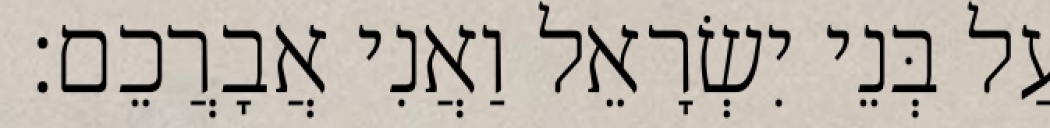
עַל בְּנֵי יִשְׂרָאֵל וַאֲנִי אֲבָרֲכֵם׃